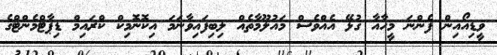
ވީޑިއޯއިން ފެންނަ މީހާއާ ގުޅޭ އެއްވެސް މައުލޫމާތެއް ލިބިފައިވާނަމަ އިކޮނޮމިކް ކްރައިމް ޑިޕާޓްމެންޓްގެ